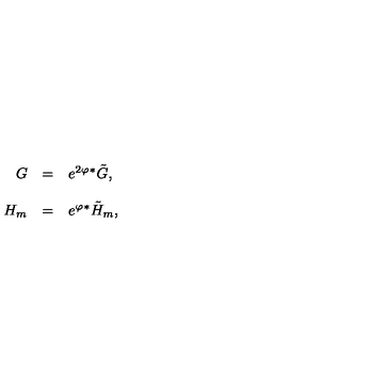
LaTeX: \begin{array} { r c l } { G } & { = } & { e ^ { 2 \varphi } { } ^ { * } \tilde { G } , } \\ { } & { } & { } \\ { H _ { m } } & { = } & { e ^ { \varphi } { } ^ { * } \tilde { H } _ { m } , } \\ \end{array}